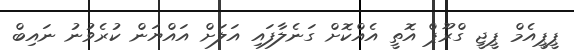
ޕީޕީއެމް ޕީޖީ ގްރޫޕް އޮތީ އެއްކޮށް ގަނެލާފައި އަލަށް އައްޔަން ކުރެވުނު ނައިބް